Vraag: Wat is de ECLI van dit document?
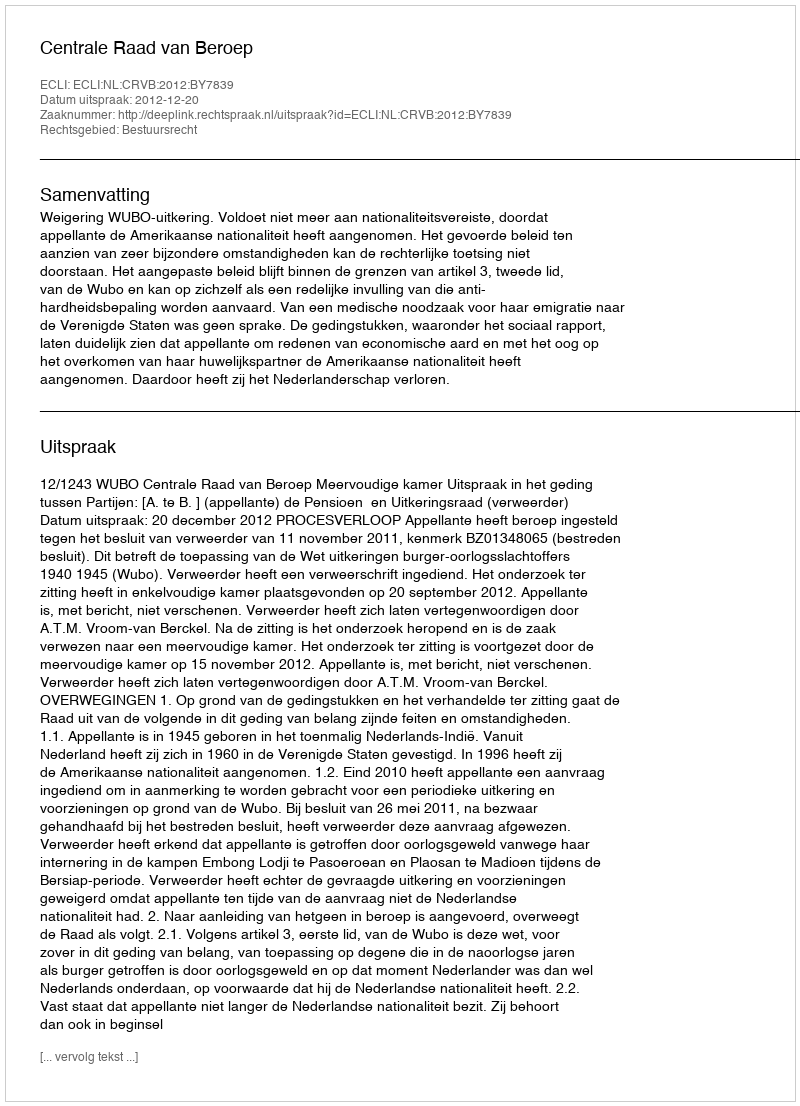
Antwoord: ECLI:NL:CRVB:2012:BY7839